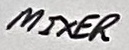
Text: MIXER